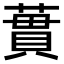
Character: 𫉜